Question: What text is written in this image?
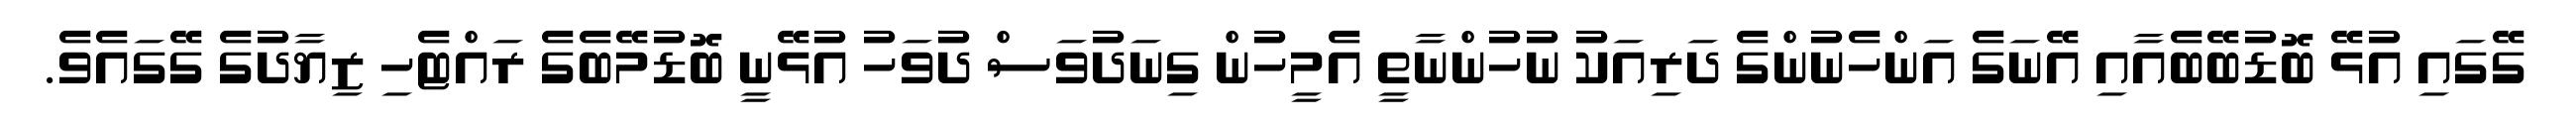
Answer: ގޭގައި އުޅޭ ބޮޑުބޭބެއާއި އޭނަގެ އަންހެނުންގެ ދަރިއަކު ނުހުންނާތީ އެމީހުން ގިނަދުވަސް ދުވަހު އުޅޭނީ ބޮޑުމޭބެގެ ރައްޓެހި ޒިޔާދުގެ ގޭގައެވެ.